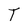
Character: T